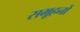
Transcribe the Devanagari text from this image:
समूहनों